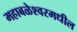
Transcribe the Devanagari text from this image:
महाबळेश्वरमधील